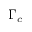
\Gamma _ { c }